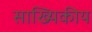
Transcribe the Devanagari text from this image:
साख्यिकीय